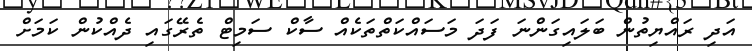
އަދި ރައްޔިތުން ބަލައިގަންނަ ފަދަ މަސައްކަތްތަކެއް ސާކް ސަމިޓް ތެރޭގައި ދެއްކުން ކަމަށް